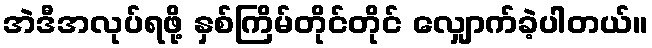
အဲဒီအလုပ်ရဖို့ နှစ်ကြိမ်တိုင်တိုင် လျှောက်ခဲ့ပါတယ်။